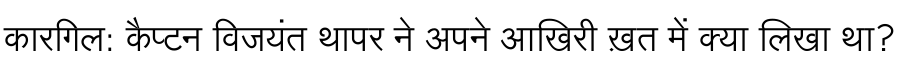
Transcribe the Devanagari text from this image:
कारगिल: कैप्टन विजयंत थापर ने अपने आखिरी ख़त में क्या लिखा था?